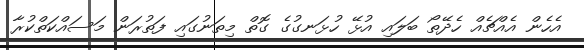
އެހެން އެއްޗެއް ހެދޭތޯ ބަލައި އުޅޭ ހުޅަނގުގެ ގޮތް މިތަނުގައި ފަތުރަން މަސައްކަތްކުރާ